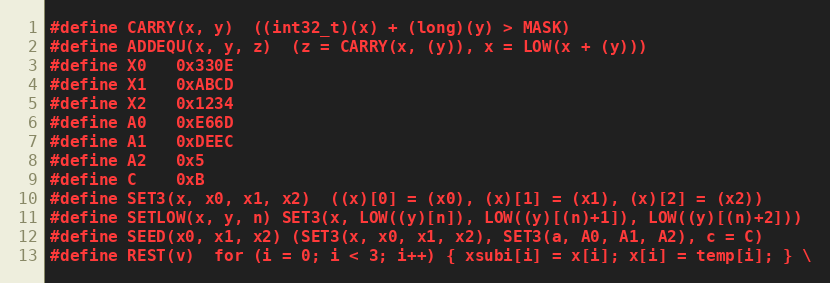
Language: C
#define CARRY(x, y)	((int32_t)(x) + (long)(y) > MASK)
#define ADDEQU(x, y, z)	(z = CARRY(x, (y)), x = LOW(x + (y)))
#define X0	0x330E
#define X1	0xABCD
#define X2	0x1234
#define A0	0xE66D
#define A1	0xDEEC
#define A2	0x5
#define C	0xB
#define SET3(x, x0, x1, x2)	((x)[0] = (x0), (x)[1] = (x1), (x)[2] = (x2))
#define SETLOW(x, y, n) SET3(x, LOW((y)[n]), LOW((y)[(n)+1]), LOW((y)[(n)+2]))
#define SEED(x0, x1, x2) (SET3(x, x0, x1, x2), SET3(a, A0, A1, A2), c = C)
#define REST(v)	for (i = 0; i < 3; i++) { xsubi[i] = x[i]; x[i] = temp[i]; } \